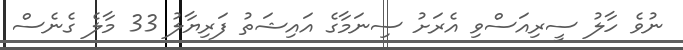
ނުވެ ހާލު ސީރިއަސްވި އެރަށު ސިނަމާގެ އައިޝަތު ފަރިޔާލު 33 މާލެ ގެނެސް